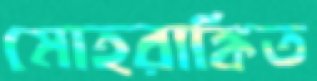
মোহরাঙ্কিত